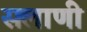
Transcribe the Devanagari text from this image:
सलाणी